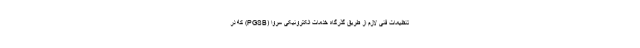
تنظیمات فنی لازم از طریق گذرگاه خدمات الکترونیکی سروا (PGSB) که در